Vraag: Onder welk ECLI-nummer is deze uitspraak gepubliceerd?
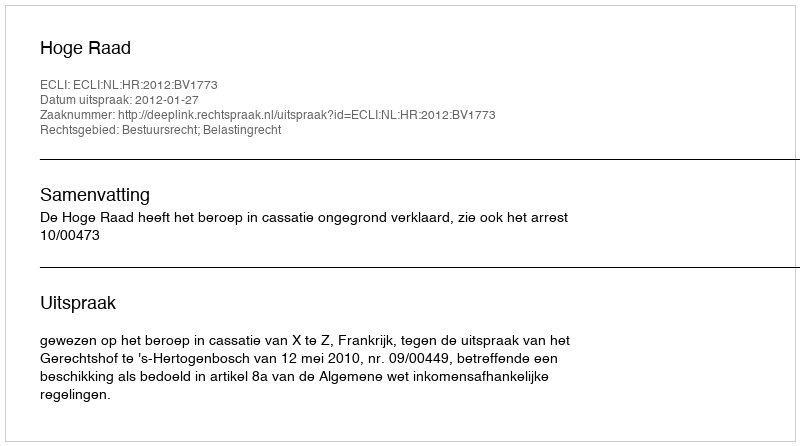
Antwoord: ECLI:NL:HR:2012:BV1773